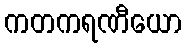
ကတကရဏီယော